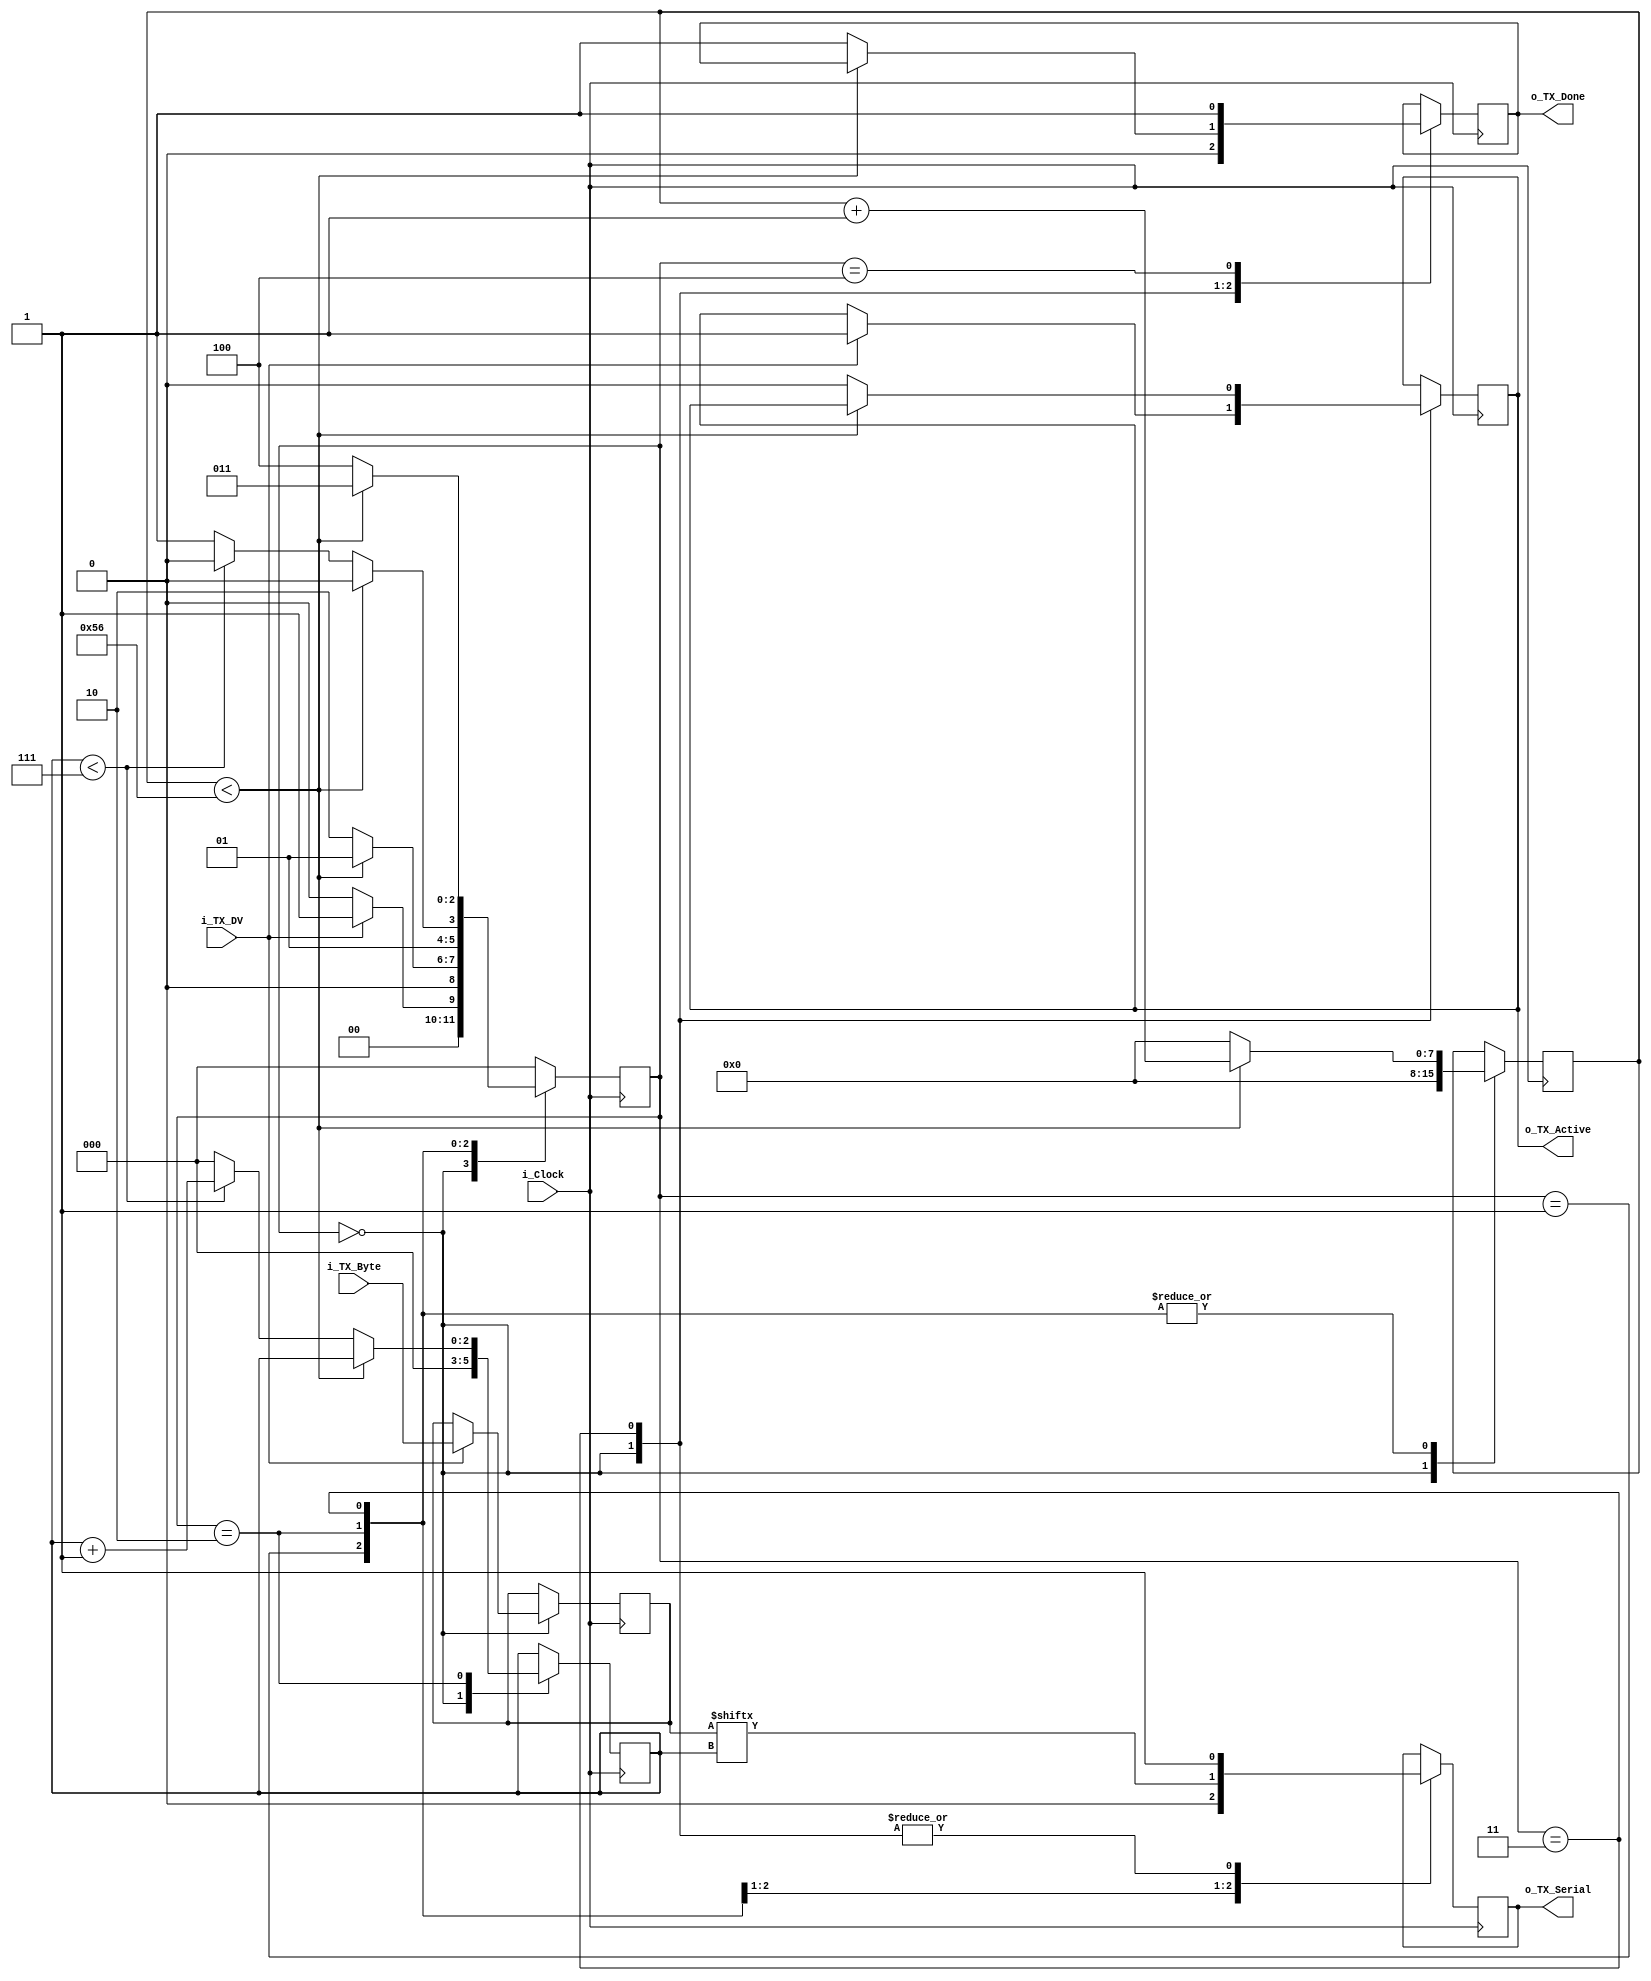
//The transmitter is able to transmit 8 bits of data serially, with 1 stop bit, 1 start bit and there is no parity bit present.
//When the transmitter completes recieving all the data i_tx_dv will be driven high representing transfer is complete and data is successfully recieved. 
//setting up CLKs_PER_BIT:
//CLKS_PER_BIT= frequency of i_clock/frequency of uart(baud rate)
//For 10 MHZ clock and 115200 of baud rate, the CLKS_PER_BIT is 10 x 10 ^6/115200 = 87
`timescale 1ns/10ps
module UART_TX 
  #(parameter CLKS_PER_BIT = 87)
  (
   input       i_Clock, //clock signal
   input       i_TX_DV, 
   input [7:0] i_TX_Byte, //data entering in parallel form, defining vector for 8 bit of data
   output      o_TX_Active, 
   output reg  o_TX_Serial, //data out serially and going to the reciver
   output      o_TX_Done  //When the transmitter is done transmitting the data then this bit is high
   );
 //These are the states of the state machine and there numbering is done
  parameter IDLE         = 3'b000; 
  parameter TX_START_BIT = 3'b001;
  parameter TX_DATA_BITS = 3'b010;
  parameter TX_STOP_BIT  = 3'b011;
  parameter CLEANUP      = 3'b100;
  //defining registers to store the values
  reg [2:0] r_SM_Main     = 0; //This stores the state of the state machine and is 0 intially i.e idle state
  reg [7:0] r_Clock_Count = 0; //clock count for the transmitter
  reg [2:0] r_Bit_Index   = 0; //This keeps the count for the 8 data bits in 210 fashion 
  reg [7:0] r_TX_Data     = 0; //Transmitting data bit for TX
  reg       r_TX_Done     = 0; //This bit if high indicates that the transmission is completed
  reg       r_TX_Active   = 0; 
    //here all the registers are intiallized to 0 
  always @(posedge i_Clock)
  begin
      //FSM = 000
    case (r_SM_Main)
      IDLE :
        begin
          o_TX_Serial   <= 1'b1;         // Drive Line High for Idle
          //These bits are 0 as FSM is still in the idle state
          r_TX_Done     <= 1'b0;
          r_Clock_Count <= 0;
          r_Bit_Index   <= 0;
          //As transmitter has yet not transmitted all the 8 bits these above bit are 0
          if (i_TX_DV == 1'b1)
          begin
          //Data transmission has started for the below active bit is high and here the start bit is detected
            r_TX_Active <= 1'b1;
            r_TX_Data   <= i_TX_Byte;
            r_SM_Main   <= TX_START_BIT;
          end
          else
          //if transmission is not started yet then it stays at idle state
            r_SM_Main <= IDLE;
        end // case: IDLE
      
      
      // Send out Start Bit. Start bit = 0
      //Fsm = 001
      TX_START_BIT :
        begin
          o_TX_Serial <= 1'b0;
          //Here serial data communication has still not started
          // Wait CLKS_PER_BIT-1 clock cycles for start bit to finish
          if (r_Clock_Count < CLKS_PER_BIT-1)
          begin
            r_Clock_Count <= r_Clock_Count + 1;
            r_SM_Main     <= TX_START_BIT;
          end
          else
          begin
            r_Clock_Count <= 0;
            r_SM_Main     <= TX_DATA_BITS;
          end
        end // case: TX_START_BIT
      
      
      // Wait CLKS_PER_BIT-1 clock cycles for data bits to finish         
      //Fsm =010
      TX_DATA_BITS :
      //here data transmission starts
        begin
          o_TX_Serial <= r_TX_Data[r_Bit_Index];
          //the tx serial bit takes the input serially out from tx data bit and a index 
          //bit keeps the count of how many data bits are transmitted
          if (r_Clock_Count < CLKS_PER_BIT-1)
          begin
            r_Clock_Count <= r_Clock_Count + 1;
            r_SM_Main     <= TX_DATA_BITS;
          end
          else
          begin
            r_Clock_Count <= 0;
            //Here there are two conditions 
            //1.If all the data is transmitted
            //2.If all the data is not yet transmitted
            // Check if we have sent out all bits
            if (r_Bit_Index < 7)
            //here all the data is not yet transmitted
            begin
              r_Bit_Index <= r_Bit_Index + 1;
              r_SM_Main   <= TX_DATA_BITS;
              //fsm stays on the same state
            end
            else
            begin
              r_Bit_Index <= 0;
              //
              r_SM_Main   <= TX_STOP_BIT;
             // If all the data is transmitted
             //the Fsm goes to the next state that is stop state indicating all the data bits are transmitted
            end
          end 
        end // case: TX_DATA_BITS
      
      
      // Send out Stop bit.  Stop bit = 1
      //Fsm = 011
      TX_STOP_BIT :
        begin
          o_TX_Serial <= 1'b1;
          //Again high as it was at the time of start bit 
          // Wait CLKS_PER_BIT-1 clock cycles for Stop bit to finish
          if (r_Clock_Count < CLKS_PER_BIT-1)
          begin
            r_Clock_Count <= r_Clock_Count + 1;
            r_SM_Main     <= TX_STOP_BIT;
          end
          else
          begin
            r_TX_Done     <= 1'b1;
            //As the data is successfully recieved the Tx_done bit is high
            r_Clock_Count <= 0;
            r_SM_Main     <= CLEANUP;
            //jumping to the next state
            r_TX_Active   <= 1'b0;
          end 
        end // case: TX_STOP_BIT
      
      //Fsm =100
      // Stay here 1 clock
      CLEANUP :
        begin
          r_TX_Done <= 1'b1;
          r_SM_Main <= IDLE;
        end
      //defining default case
      default :
        r_SM_Main <= IDLE;
      endcase
  end
  //hardwired connections
  assign o_TX_Active = r_TX_Active;
  assign o_TX_Done   = r_TX_Done;
endmodule